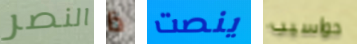
النصر ذا ينصت حواسيب